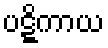
ပဋ္ဋိကာယ